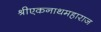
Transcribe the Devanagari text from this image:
श्रीएकनाथमहाराज